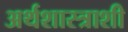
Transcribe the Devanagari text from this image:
अर्थशास्त्राशी